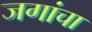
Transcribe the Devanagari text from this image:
जगांचा